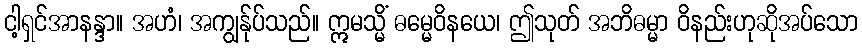
ငါ့ရှင်အာနန္ဒာ။ အဟံ၊ အကျွန်ုပ်သည်။ ဣမသ္မိံ ဓမ္မေဝိနယေ၊ ဤသုတ် အဘိဓမ္မာ ဝိနည်းဟုဆိုအပ်သော